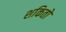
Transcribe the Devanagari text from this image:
शकितो